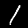
Label: 1